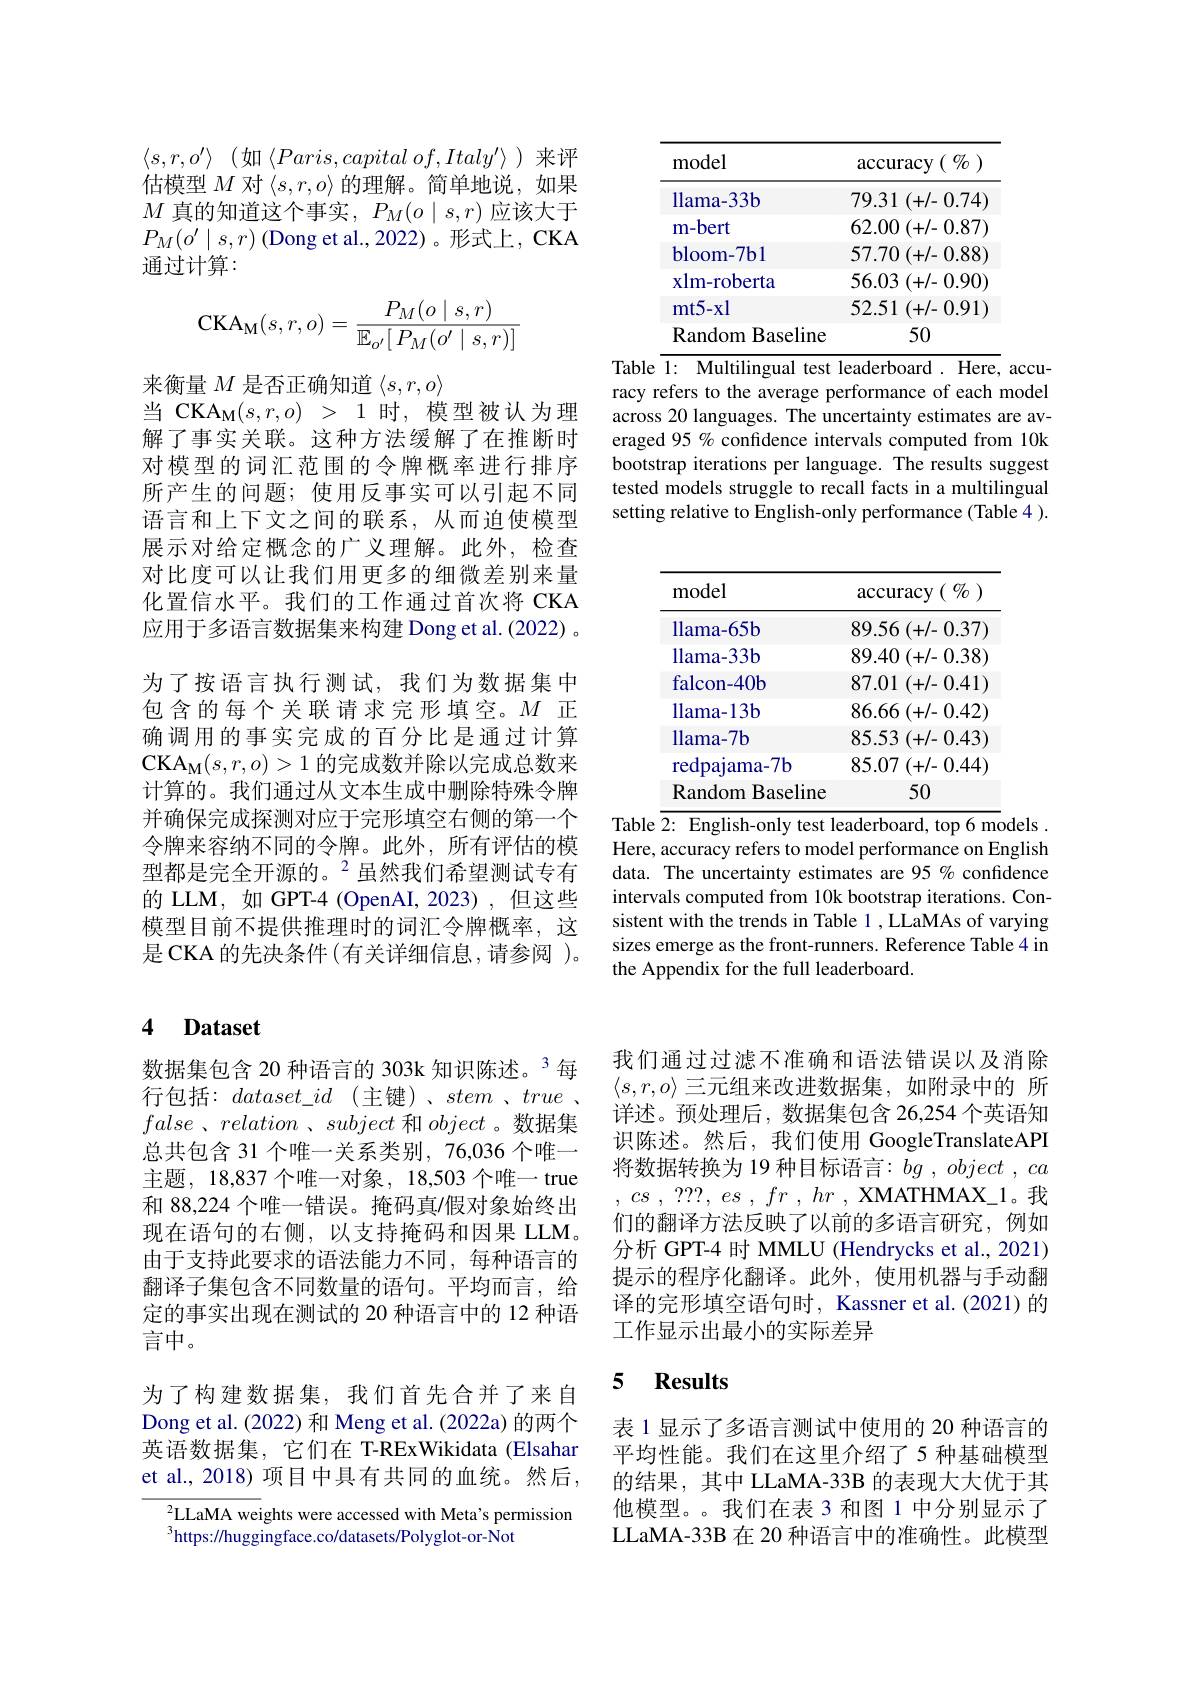
$\langle s, r, o^{\prime }\rangle$ (如$\langle Paris,capitalof,Italy'\rangle$)来评估模型$M$对$\langle s,r,o\rangle$的理解。简单地说，如果$M$真的知道这个事实$,P_M(o\mid s,r)$应该大于$P_{M}(o^{\prime}\mid s,r)$ (Dong et al.,2022)。形式上，CKA 通过计算：
$$\mathrm{CKA}_{\mathrm{M}}(s,r,o)=\frac{P_M(o\mid s,r)}{\mathbb{E}_{o'}[\:P_M(o'\mid s,r)]}$$
来衡量$M$是否正确知道$\langle s,r,o\rangle$
当 CKAM$(s,r,o)>1$时，模型被认为理解了事实关联。这种方法缓解了在推断时对模型的词汇范围的令牌概率进行排序所产生的问题；使用反事实可以引起不同语言和上下文之间的联系，从而迫使模型展示对给定概念的广义理解。此外，检查对比度可以让我们用更多的细微差别来量化置信水平。我们的工作通过首次将 CKA 应用于多语言数据集来构建 Dong et al.(2022) 。为了按语言执行测试，我们为数据集中包含的每个关联请求完形填空。$M$正确调用的事实完成的百分比是通过计算CK$A_M( s, r, o) > 1$的完成数并除以完成总数来计算的。我们通过从文本生成中删除特殊令牌并确保完成探测对应于完形填空右侧的第一个令牌来容纳不同的令牌。此外，所有评估的模型都是完全开源的。$^2$虽然我们希望测试专有的 LLM, 如 GPT-4 (OpenAI, 2023) ,但这些模型目前不提供推理时的词汇令牌概率，这是 CKA 的先决条件 (有关详细信息，请参阅 )。

# 4 Dataset

数据集包含 20 种语言的 303k 知识陈述。3 每行包括：$dataset\_id$ (主键)、stem、true , false $、 relation$ $、 subject$和object 。数据集总共包含 31 个唯一关系类别，76,036 个唯一主题，18,837 个唯一对象，18,503 个唯一 true 和 88,224 个唯一错误。掩码真/假对象始终出现在语句的右侧，以支持掩码和因果 LLM。由于支持此要求的语法能力不同，每种语言的翻译子集包含不同数量的语句。平均而言，给定的事实出现在测试的 20 种语言中的 12 种语言中。

为了构建数据集，我们首先合并了来自Dong et al. (2022) 和 Meng et al. (2022a) 的两个英语数据集，它们在 T-RExWikidata(Elsahar et al., 2018) 项目中具有共同的血统。然后，

LLaMA weights were accessed with Meta's permission
$^{3}$https://huggingface.co/datasets/Polyglot-or-Not

<table>
	<tbody>
		<tr>
			<th>model</th>
			<th>$\operatorname{accuracy}\left(\begin{array}{c}{{\mathit{0}}}\\{{\mathit{0}}}\end{array}\right)$</th>
		</tr>
		<tr>
			<td>llama-33b</td>
			<td>79.31 (+1-0.74 $\frac{1}{2}=\frac{1}{2}$ $\frac{1}{2}=\frac{1}{2}$</td>
		</tr>
		<tr>
			<td>m- bert</td>
			<td>62.00 $)\left(+/-0.87\right)$</td>
		</tr>
		<tr>
			<td>bloom-7bl</td>
			<td>57.70 (+/- 0.88</td>
		</tr>
		<tr>
			<td>$\mathbf{xlm-roberta}$</td>
			<td>56.03 (+/-0.90 1</td>
		</tr>
		<tr>
			<td>mt5-xl</td>
			<td> (+/-0.91</td>
		</tr>
		<tr>
			<td>Random Baseline</td>
			<td></td>
		</tr>
	</tbody>
</table>
Table $\overline{1:\:\text{Multilingual test leaderboard.Here,}}$ accu-

racy refers to the average performance of each model across 20 languages. The uncertainty estimates are averaged 95 % confidence intervals computed from 10k bootstrap iterations per language. The results suggest tested models struggle to recall facts in a multilingual setting relative to English-only performance (Table 4 ).

<table>
	<tbody>
		<tr>
			<th>model</th>
			<th>$\operatorname{accuracy}\left(\begin{array}{c}{\mathbb{O}}\\{\mathbb{O}}\end{array}\right)$ 1</th>
		</tr>
		<tr>
			<td>llama-65b</td>
			<td>$89.56\left(+/-0.37\right]$</td>
		</tr>
		<tr>
			<td>llama-33b</td>
			<td>89.40 (+/- 0.38)</td>
		</tr>
		<tr>
			<td>falcon-40b</td>
			<td>87.01 (+/-0.41 1</td>
		</tr>
		<tr>
			<td>llama-13b</td>
			<td>86.66 (+/- 0.42</td>
		</tr>
		<tr>
			<td>llama-7b</td>
			<td>85.53 (+/- 0.43</td>
		</tr>
		<tr>
			<td>redpajama- $-7b$ -</td>
			<td>85.07 $I_{1}$ (+/-0.44</td>
		</tr>
		<tr>
			<td>Random $1\textbf{Baseline}$</td>
			<td></td>
		</tr>
	</tbody>
</table>
Table $\overline{2:\text{English-only test leaderboard,top6models}}.$

Here, accuracy refers to model performance on English data. The uncertainty estimates are 95 % confidence intervals computed from 10k bootstrap iterations. Consistent with the trends in Table 1 , LLaMAs of varying sizes emerge as the front-runners. Reference Table 4 in the Appendix for the full leaderboard.

我们通过过滤不准确和语法错误以及消除$\langle s,r,o\rangle$三元组来改进数据集，如附录中的 所详述。预处理后，数据集包含 26,254 个英语知识陈述。然后，我们使用 GoogleTranslateAPI 将数据转换为 19 种目标语言：$bg$ , object , $ca$ , $cs$ , ???, $es$ , $fr$ , $hr$ , XMATHMAX\_1。我们的翻译方法反映了以前的多语言研究，例如分析 GPT-4 时 MMLU (Hendrycks et al., 2021) 提示的程序化翻译。此外，使用机器与手动翻译的完形填空语句时，Kassner et al.(2021)的工作显示出最小的实际差异

### 5 $\textbf{Results}$

表 1 显示了多语言测试中使用的 20 种语言的平均性能。我们在这里介绍了 5 种基础模型的结果，其中 LLaMA-33B 的表现大大优于其他模型。。我们在表 3 和图 1 中分别显示了LLaMA-33B 在 20 种语言中的准确性。此模型